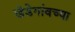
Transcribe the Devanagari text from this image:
खेडेगांवच्या